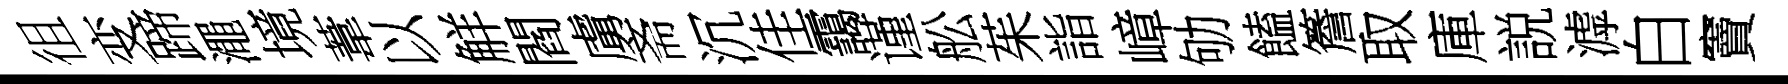
徂变蹄澠境葦以觧閻虜斋沉佳靄谨舩茱詣嶂劬饁簷取庫説滹白竇